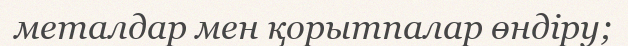
металдар мен қорытпалар өндіру;